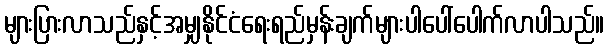
များပြားလာသည်နှင့်အမျှနိုင်ငံရေးရည်မှန်းချက်များပါပေါ်ပေါက်လာပါသည်။